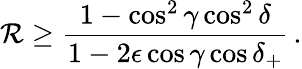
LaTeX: \mathcal{R}\geq\frac{{1-\cos^{2}\gamma\cos^{2}\delta}}{{1-2\epsilon\cos\gamma\cos\delta_{+}}}\, .